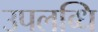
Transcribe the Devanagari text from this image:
उपलब्धि